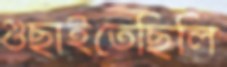
গুছাইতেছিলি